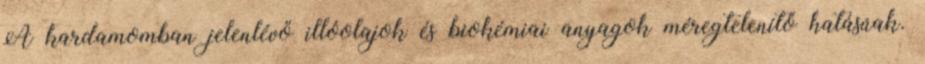
A kardamomban jelenlévő illóolajok és biokémiai anyagok méregtelenítő hatásúak.